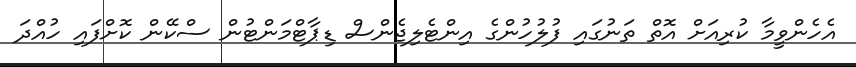
އެހެންވީމާ ކުރިއަށް އޮތް ތަނުގައި ފުލުހުންގެ އިންޓެލިޖެންސް ޑިޕާޓްމަންޓުން ސްކޭން ކޮށްފައި ހުއްދަ